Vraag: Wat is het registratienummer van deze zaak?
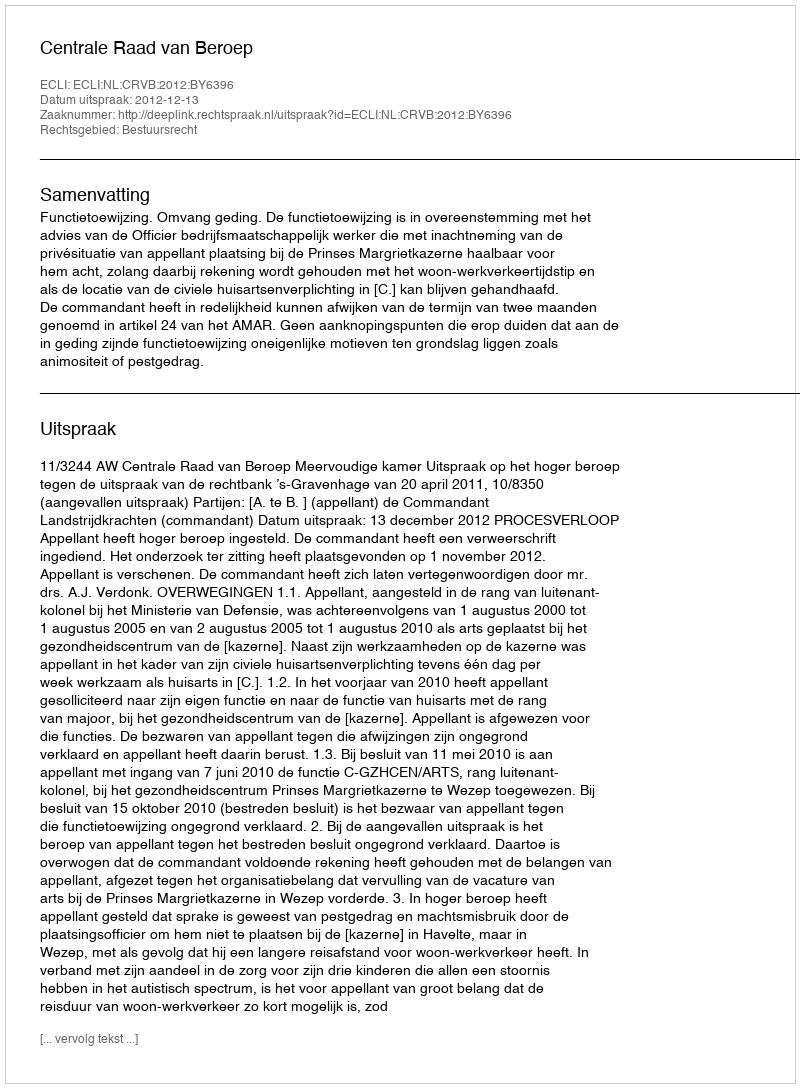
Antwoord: http://deeplink.rechtspraak.nl/uitspraak?id=ECLI:NL:CRVB:2012:BY6396